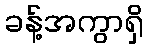
ခန့်အကွာရှိ